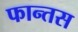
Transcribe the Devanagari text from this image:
फान्तस